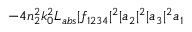
- 4 n _ { 2 } ^ { 2 } k _ { 0 } ^ { 2 } L _ { a b s } | f _ { 1 2 3 4 } | ^ { 2 } | a _ { 2 } | ^ { 2 } | a _ { 3 } | ^ { 2 } a _ { 1 }